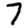
Digit: 7